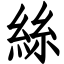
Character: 絲